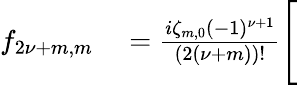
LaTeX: \begin{array}{rl}{f_{2{\nu}+m,m}}&{{}=\frac{i\zeta_{m,0}(-1)^{{\nu}+1}}{(2({\nu}+m))!}\Bigg[}\end{array}